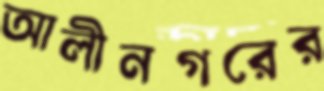
আলীনগরের